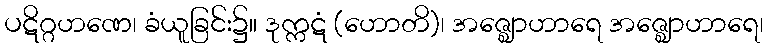
ပဋိဂ္ဂဟဏေ၊ ခံယူခြင်း၌။ ဒုက္ကဋံ (ဟောတိ)၊ အဇ္ဈောဟာရေ အဇ္ဈောဟာရေ၊